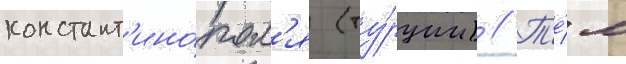
констант'ино́пол'я (ту́рции) // Т'е́м